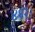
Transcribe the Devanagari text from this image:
४१२।